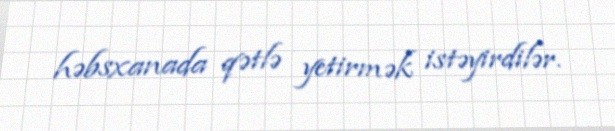
həbsxanada qətlə yetirmək istəyirdilər.